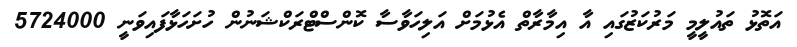
އަތޮޅު ތައުލީމީ މަރުކަޒުގައި އާ އިމާރާތް އެޅުމަށް އަލިހަވާސާ ކޮންސްޓްރަކްޝަނުން ހުށަހަޅާފައިވަނީ 5724000